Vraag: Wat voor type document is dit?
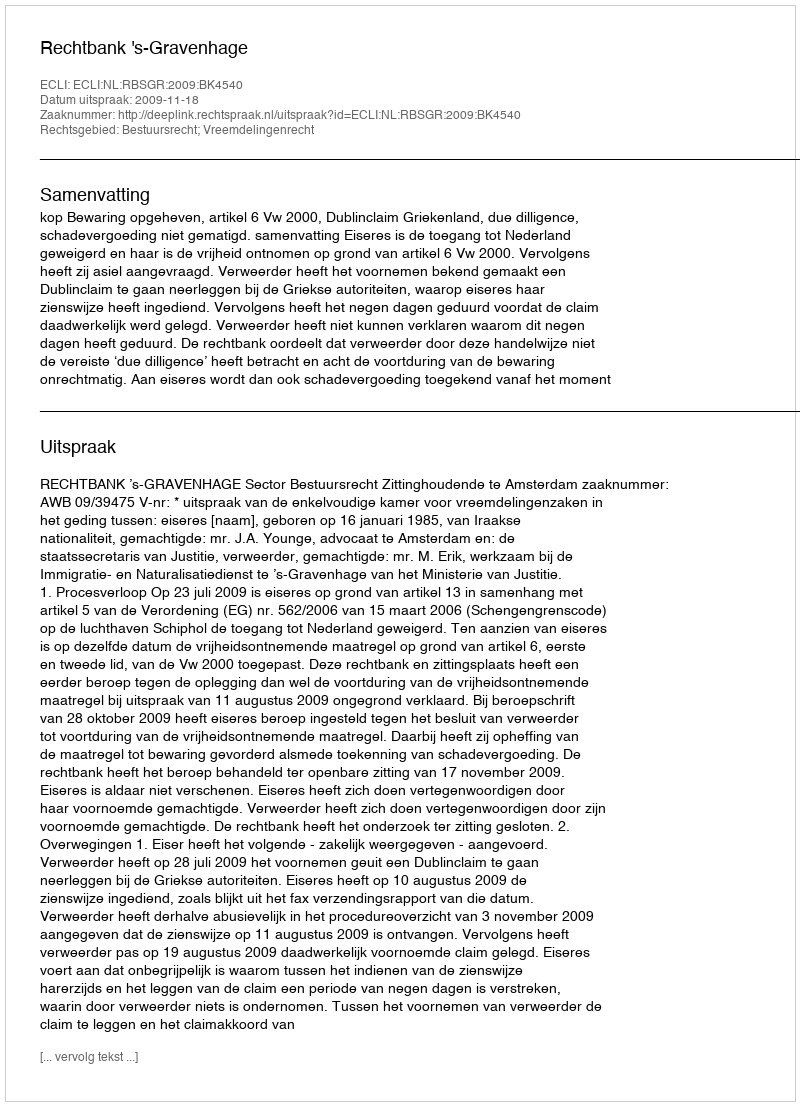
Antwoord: Uitspraak